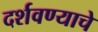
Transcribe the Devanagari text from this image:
दर्शवण्याचे